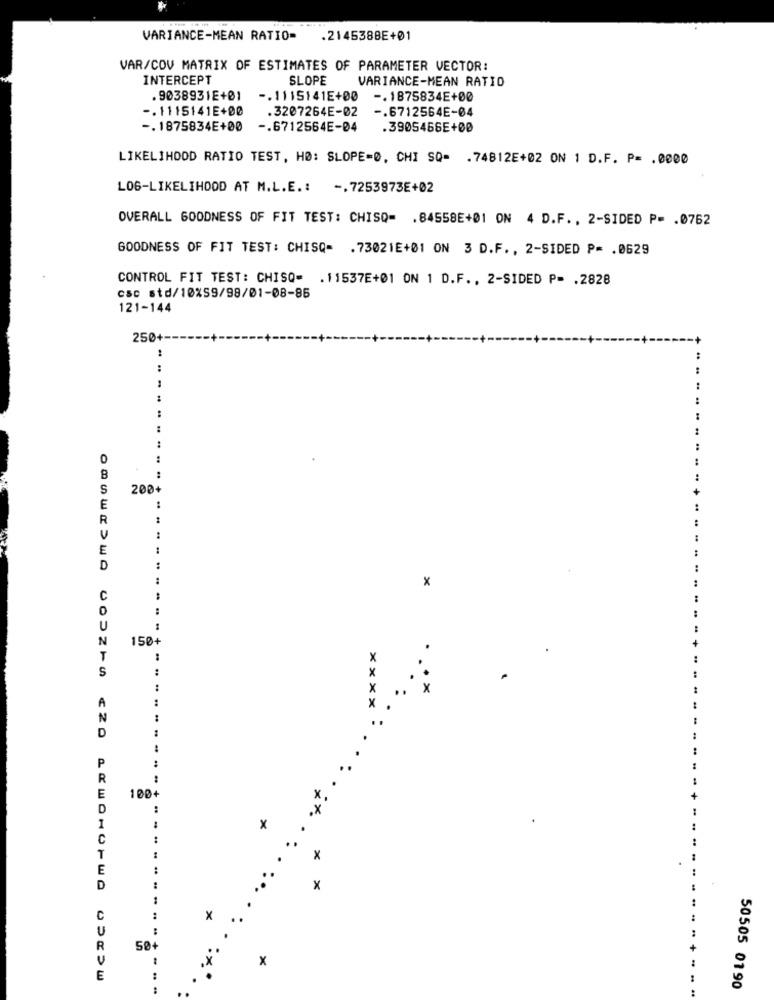
VARIANCE-MEAN RATIO=
.214538BE+01
VAR/COV MATRIX OF ESTIMATES OF PARAMETER VECTOR:
INTERCEPT
SLOPE
VARIANCE-MEAN RATIO
. 9038931E+01
-. 1115141E+00
-. 1875834E+00
-. 1115141E+00
.3207264E-02
-. 6712564E-04
-. 1875834E+00
-. 6712564E-04
.3905466E+00
LIKELIHOOD RATIO TEST, HØ: SLOPE=0. CHI SQ= . 74812E+02 ON 1 D.F. P= . 0000
LOG-LIKELIHOOD AT M.L.E .: -. 7253973E+02
OVERALL GOODNESS OF FIT TEST: CHISQ= . 84558E+01 ON 4 D.F ., 2-SIDED P= . 0762
GOODNESS OF FIT TEST: CHISQ= . 73021E+01 ON 3 D.F ., 2-SIDED P= . 0629
CONTROL FIT TEST: CHISQ= . 11537E+01 ON 1 D.F ., 2-SIDED P= . 2828
csc std/10%59/98/01-08-85
121-144
250
:
..
..
S
200+
E
R
E
D
..
..
x
C
.. ..
U
N
150+
T
..
S
:
X
A
+
N
D
P
R
E
100+
D
.
1
x
C
:
..
X
E
..
..
D
x
C
..
X
U
:
R
50+
U
.X
x
E
50505 0190